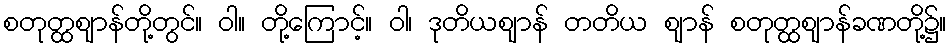
စတုတ္ထဈာန်တို့တွင်။ ဝါ။ တို့ကြောင့်။ ဝါ၊ ဒုတိယဈာန် တတိယ ဈာန် စတုတ္ထဈာန်ခဏတို့၌။